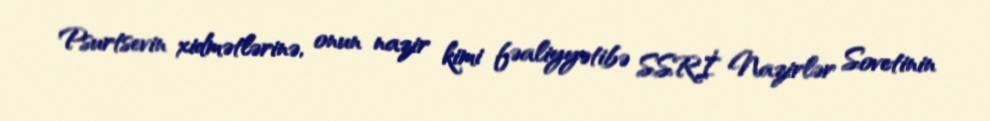
Psurtsevin xidmətlərinə, onun nazir kimi fəaliyyətibə SSRİ Nazirlər Sovetinin